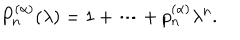
P _ { n } ^ { ( \alpha ) } ( \lambda ) = 1 + \cdots + p _ { n } ^ { ( \alpha ) } \lambda ^ { n } .